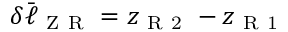
\delta \bar { \ell } _ { \mathrm { ~ Z ~ R ~ } } = z _ { \mathrm { ~ R ~ 2 ~ } } - z _ { \mathrm { ~ R ~ 1 ~ } }